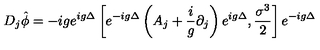
D _ { j } \hat { \phi } = - i g e ^ { i g \Delta } \left[ e ^ { - i g \Delta } \left( A _ { j } + \frac { i } { g } \partial _ { j } \right) e ^ { i g \Delta } , \frac { \sigma ^ { 3 } } { 2 } \right] e ^ { - i g \Delta }